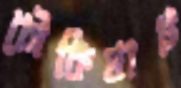
চৌকিঘাট